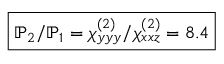
\boxed { \mathbb { P } _ { 2 } / \mathbb { P } _ { 1 } = \chi _ { y y y } ^ { ( 2 ) } / \chi _ { x x z } ^ { ( 2 ) } = 8 . 4 }